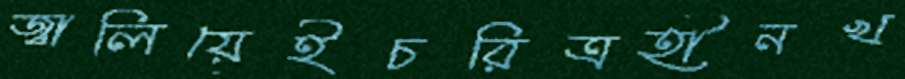
জ্বালিয়েইচরিত্রহীনখ